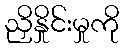
ညှိနှိုင်းမှုကို